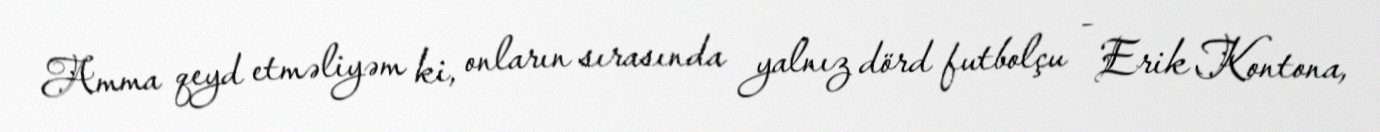
Amma qeyd etməliyəm ki, onların sırasında yalnız dörd futbolçu - Erik Kontona,